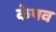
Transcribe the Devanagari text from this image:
केषव